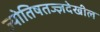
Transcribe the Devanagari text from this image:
ज्योतिषतज्ज्ञदेखील